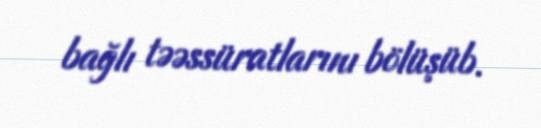
bağlı təəssüratlarını bölüşüb.